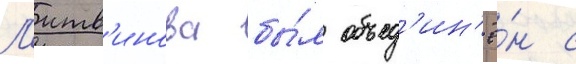
Л'итв'инова бы́л объед'ин'ё́н с